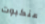
عنكبوت